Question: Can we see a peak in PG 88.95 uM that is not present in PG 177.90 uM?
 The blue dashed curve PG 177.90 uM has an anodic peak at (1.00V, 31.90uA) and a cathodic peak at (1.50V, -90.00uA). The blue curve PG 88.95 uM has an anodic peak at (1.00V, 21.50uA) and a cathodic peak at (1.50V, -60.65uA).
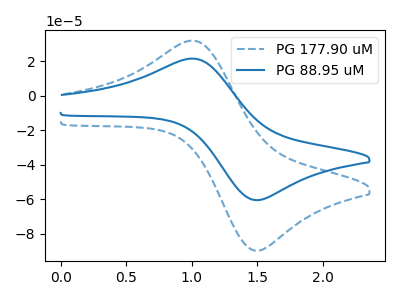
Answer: <think>All the peaks in "PG 88.95 uM" have a peak in "PG 177.90 uM" at the same potential. Every peak in "PG 88.95 uM" is lower than every peak in "PG 177.90 uM".
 </think>
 <answer>No, "PG 88.95 uM" and "PG 177.90 uM" don't appear to be significantly different in shape</answer>
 <eval>no_change</eval>